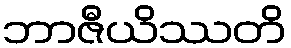
ဘာဇီယိဿတိ